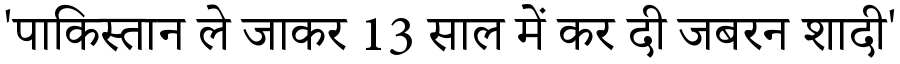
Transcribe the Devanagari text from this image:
'पाकिस्तान ले जाकर 13 साल में कर दी जबरन शादी'